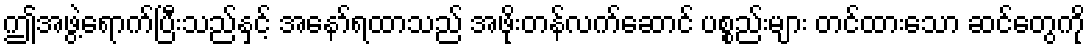
ဤအဖွဲ့ရောက်ပြီးသည်နှင့် အနော်ရထာသည် အဖိုးတန်လက်ဆောင် ပစ္စည်းများ တင်ထားသော ဆင်တွေကို